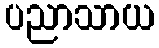
ပညာသာယ